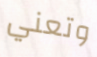
وتعني